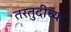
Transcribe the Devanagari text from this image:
तरतुदीच्या